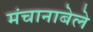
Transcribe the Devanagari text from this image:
मंचानाबेले